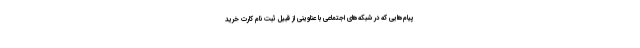
پیام‌هایی که در شبکه‌های اجتماعی با عناوینی از قبیل ثبت نام کارت خرید